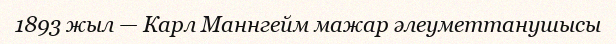
1893 жыл — Карл Маннгейм мажар әлеуметтанушысы